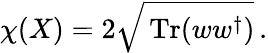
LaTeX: \chi(X)=2\sqrt{\, \mathrm{Tr}(ww^{\dagger})}\, .